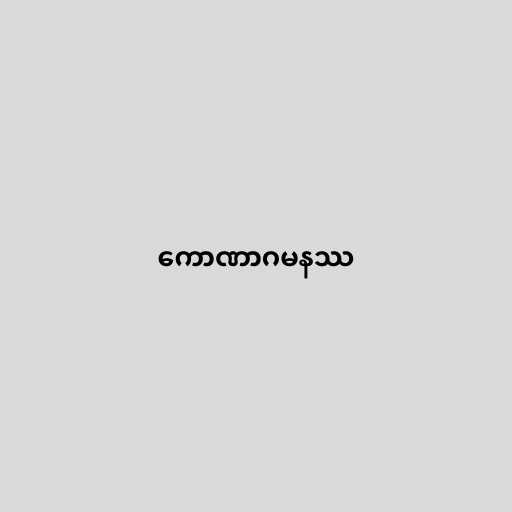
ကောဏာဂမနဿ